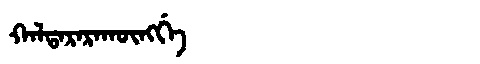
Manchu: ᡴᠠᠯᡨᠠᡵᠠᡵᠠᡴᡡᠩᡤᡝ
Romanization: KALTARARAKŪNGGE